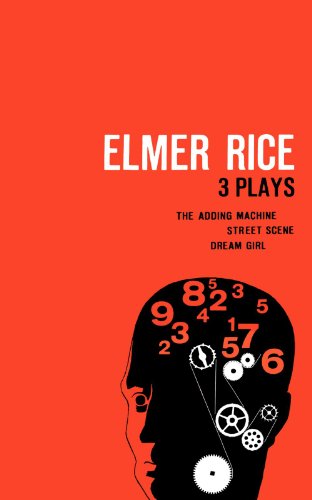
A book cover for Elmer Rice: Three Plays: The Adding Machine, Street Scene and Dream Girl; Elmer Rice; Literature & Fiction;